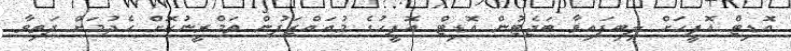
އޮޑިޓް އޮފީހަށް ލިބިފައިވާ ބަޖެޓުން އޮޑިޓް އޮފީހުގެ މުއައްޒަފުން ތަމްރީނުކޮށް ހެދުމަށް ދަތިވާ